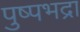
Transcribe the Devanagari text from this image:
पुष्पभद्रा